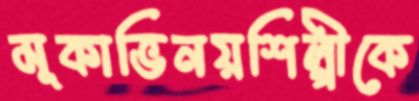
মূকাভিনয়শিল্পীকে